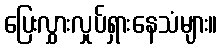
ပြေးလွှားလှုပ်ရှားနေသံများ။